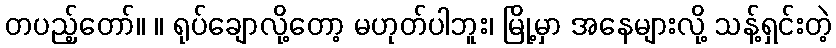
တပည့်တော်။ ။ ရုပ်ချောလို့တော့ မဟုတ်ပါဘူး၊ မြို့မှာ အနေများလို့ သန့်ရှင်းတဲ့